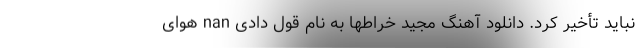
نباید تأخیر کرد. دانلود آهنگ مجید خراطها به نام قول دادی nan هوای